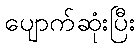
ပျောက်ဆုံးပြီး